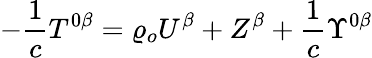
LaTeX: -\frac{1}{c}T^{0\beta}=\varrho_{o}U^{\beta}+Z^{\beta}+\frac{1}{c}\Upsilon^{0\beta}